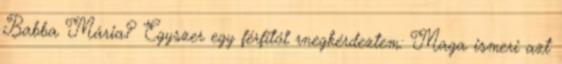
Babba Mária? Egyszer egy férfitól rnegkérdeztem: Maga ismeri azt